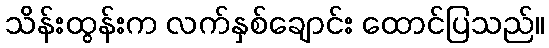
သိန်းထွန်းက လက်နှစ်ချောင်း ထောင်ပြသည်။